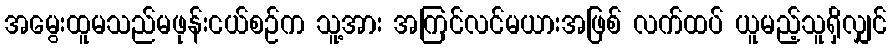
အမွေးထူမသည်မဖုန်းငယ်စဉ်က သူ့အား အကြင်လင်မယားအဖြစ် လက်ထပ် ယူမည့်သူရှိလျှင်